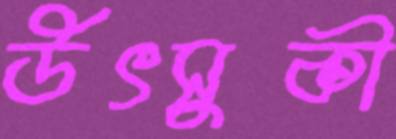
উৎসুকী